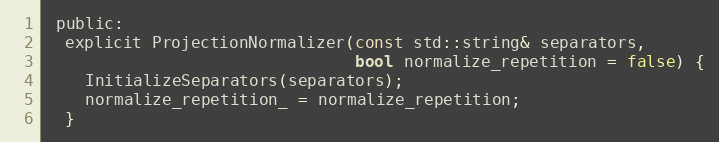
Language: C
 public:
  explicit ProjectionNormalizer(const std::string& separators,
                                bool normalize_repetition = false) {
    InitializeSeparators(separators);
    normalize_repetition_ = normalize_repetition;
  }